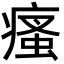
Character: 瘙